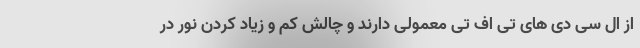
از ال سی دی های تی اف تی معمولی دارند و چالش کم و زیاد کردن نور در